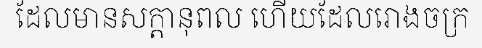
ដែលមានសក្តានុពល ហើយដែលរោងចក្រ